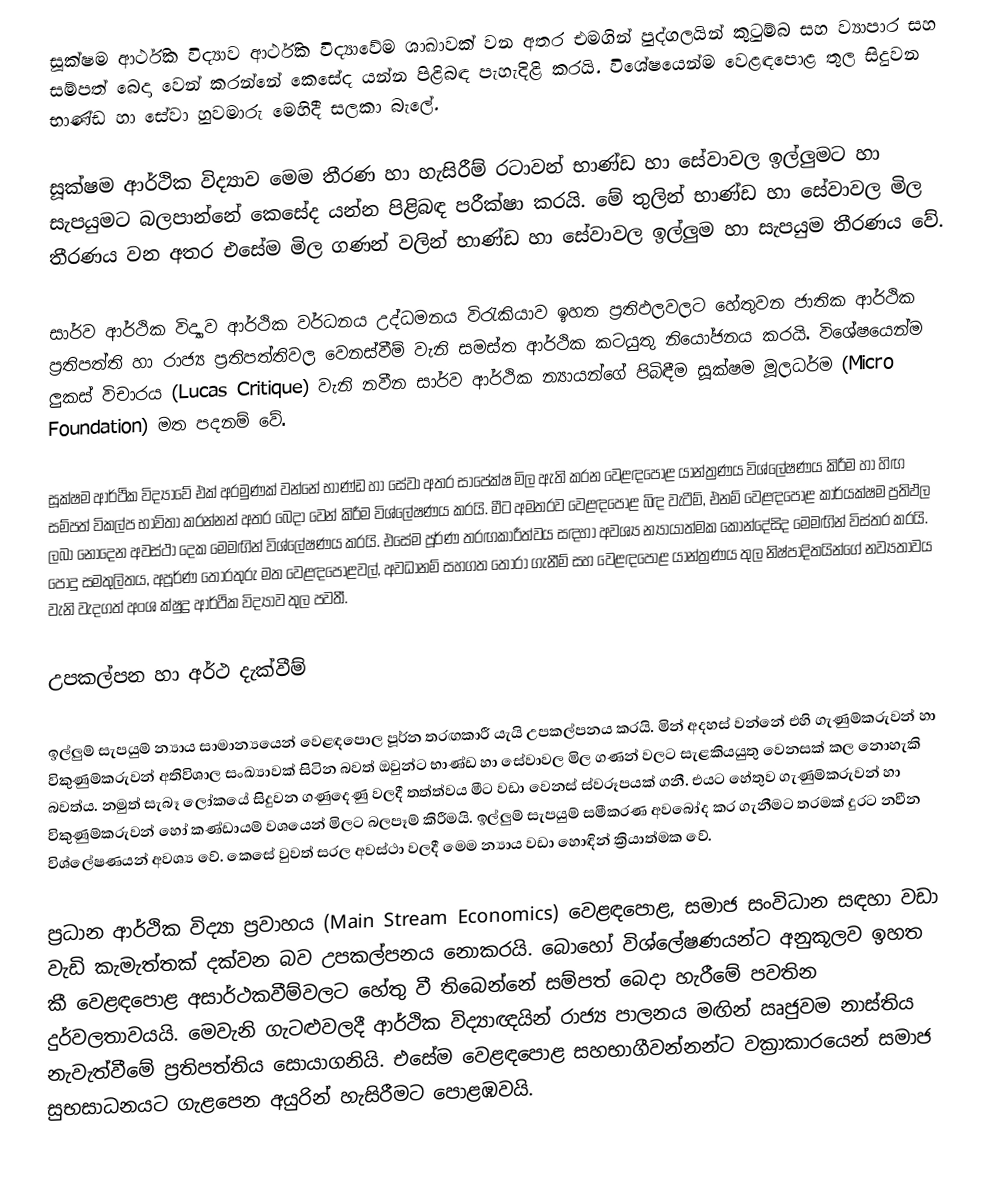
සූක්ෂම  ආර්ථික විද්‍යාව ආර්ථික විද්‍යාවේම ශාඛාවක් වන අතර එමගින් පුද්ගලයින් කුටුම්බ සහ ව්‍යාපාර සහ සම්පත් බෙදා වෙන් කරන්නේ කෙසේද යන්න පිළිබඳ පැහැදිළි කරයි. විශේෂයෙන්ම වෙළඳපොළ තුල සිදුවන භාණ්ඩ හා සේවා හුවමාරු මෙහිදී සලකා බැලේ.

සූක්ෂම ආර්ථික විද්‍යාව මෙම තීරණ හා හැසිරීම් රටාවන් භාණ්ඩ හා සේවාවල ඉල්ලුමට හා සැපයුමට බලපාන්නේ කෙසේද යන්න පිළිබඳ පරීක්ෂා කරයි. මේ  තුලින් භාණ්ඩ හා සේවාවල මිල තීරණය වන අතර එසේම මිල ගණන් වලින් භාණ්ඩ හා සේවාවල ඉල්ලුම හා සැපයුම තීරණය වේ.

සාර්ව ආර්ථික විද්‍යාව ආර්ථික වර්ධනය උද්ධමනය විරැකියාව ඉහත ප්‍රතිඵලවලට හේතුවන ජාතික ආර්ථික ප්‍රතිපත්ති හා රාජ්‍ය ප්‍රතිපත්තිවල වෙනස්වීම් වැනි සමස්ත ආර්ථික කටයුතු නියෝජනය කරයි. විශේෂයෙන්ම ලුකස් විචාරය (Lucas Critique) වැනි නවීන සාර්ව ආර්ථික න්‍යායන්ගේ පිබිඳීම සූක්ෂම මූලධර්ම (Micro Foundation) මත පදනම් වේ.

සූක්ෂම ආර්ථික විද්‍යාවේ එක් අරමුණක් වන්නේ භාණ්ඩ හා සේවා අතර සාපේක්ෂ මිල ඇති කරන වෙළඳපොළ යාන්ත්‍රණය විශ්ලේෂණය කිරීම හා හිඟ සම්පත් විකල්ප භාවිතා කරන්නන් අතර  බෙදා වෙන් කිරීම විශ්ලේෂණය කරයි. මීට අමතරව වෙළඳපොළ බිඳ වැටීම්, එනම් වෙළඳපොළ කාර්යක්ෂම ප්‍රතිඵල ලබා නොදෙන අවස්ථා දෙක මෙමඟින් විශ්ලේෂණය කරයි. එසේම පූර්ණ තරඟකාරීත්වය සඳහා අවශ්‍ය න්‍යායාත්මක කොන්දේසිද මෙමඟින් විස්තර කරයි. පොදු සමතුලිතය, අපූර්ණ තොරතුරු මත වෙළඳපොළවල්, අවධානම් සහගත තෝරා ගැනීම් සහ ‍වෙළඳපොළ යාන්ත්‍රණය තුල නිෂ්පාදිතයින්ගේ නව්‍යතාවය වැනි වැදගත් අංශ ක්ෂුද්‍ර ආර්ථික විද්‍යාව තුල පවතී.

උපකල්පන හා අර්ථ දැක්වීම්

ඉල්ලුම් සැපයුම් න්‍යාය සාමාන්‍යයෙන් වෙළඳපොල පූර්න තරඟකාරී යැයි උපකල්පනය කරයි. මින් අදහස් වන්නේ එහි ගැණුම්කරුවන් හා විකුණුම්කරුවන් අතිවිශාල සංඛ්‍යාවක් සිටින බවත් ඔවුන්ට භාණ්ඩ හා සේවාවල මිල ගණන් වලට සැළකියයුතු වෙනසක් කල නොහැකි බවත්ය. නමුත් සැබෑ ලෝකයේ සිදුවන ගණුදෙණු වලදී තත්ත්වය මීට වඩා වෙනස් ස්වරූපයක් ගනී. එයට හේතුව ගැණුම්කරුවන් හා විකුණුම්කරුවන් හෝ කණ්ඩායම් වශයෙන් මිල‍ට බලපෑම් කිරීමයි. ඉල්ලුම් සැපයුම් සමීකරණ අවබෝද කර ගැනීමට තරමක් දුරට නවීන විශ්ලේෂණයන් අවශ්‍ය වේ. කෙසේ වුවත් සරල අවස්ථා වලදී මෙම න්‍යාය වඩා හොඳින් ක්‍රියාත්මක වේ.

ප්‍රධාන ආර්ථික විද්‍යා ප්‍රවාහය (Main Stream Economics) වෙළඳපොළ, සමාජ සංවිධාන සඳහා වඩා වැඩි කැමැත්තක් දක්වන බව උපකල්පනය නොකරයි. බොහෝ විශ්ලේෂණයන්ට අනුකූලව ඉහත කී වෙළඳපොළ අසාර්ථකවීම්වලට  හේතු වී තිබෙන්නේ සම්පත් බෙදා හැරීමේ පවතින දුර්වලතාවයයි. මෙවැනි ගැටළුවලදී ආර්ථික විද්‍යාඥයින් රාජ්‍ය පාලනය මඟින් ඍජුවම නාස්තිය නැවැත්වීමේ ප්‍රතිපත්තිය සොයාගනියි. එසේම වෙළඳපොළ සහභාගීවන්නන්ට වක්‍රාකාරයෙන් සමාජ සුභසාධනයට ගැළපෙන අයුරින් හැසිරීමට පොළඹවයි.